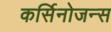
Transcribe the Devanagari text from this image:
कर्सिनोजन्स